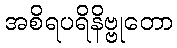
အစိရပရိနိဗ္ဗုတော